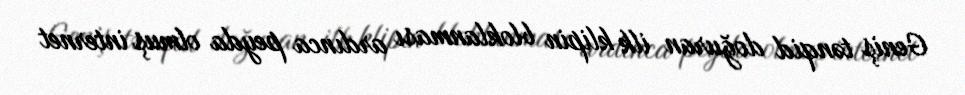
Geniş tənqid doğuran ilk klipin bloklanması ardınca peyda olmuş internet